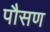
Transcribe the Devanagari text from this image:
पौसण